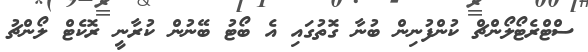
ސްޓްރެޓޯލޯންޗް ކުންފުނިން ބުނާ ގޮތުގައި އެ ބޯޓު ބޭނުން ކުރާނީ ރޮކެޓް ލޯންޗު